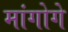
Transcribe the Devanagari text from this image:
मांगोगे